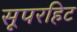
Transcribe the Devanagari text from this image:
सूपरहिट